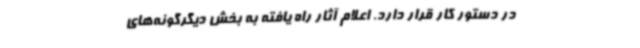
در دستور کار قرار دارد. اعلام آثار راه یافته به بخش دیگرگونه‌های